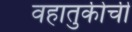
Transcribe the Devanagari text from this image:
वहातुकीची